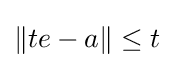
\left\|te-a\right\|\leq t